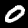
Digit: 0